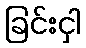
ခြင်းငှါ